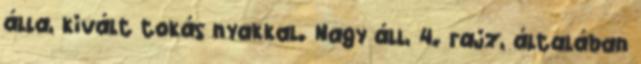
álla, kivált tokás nyakkal. Nagy áll, 4. rajz, általában